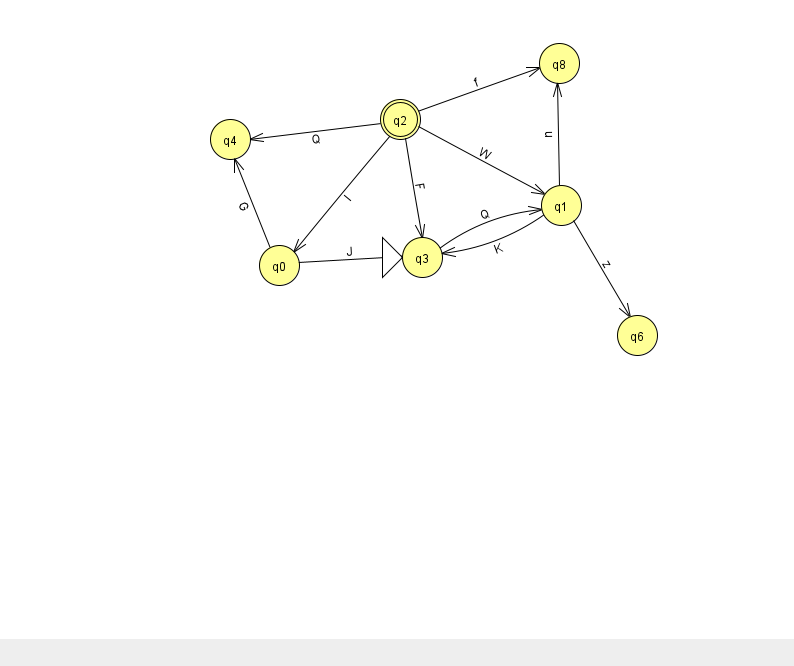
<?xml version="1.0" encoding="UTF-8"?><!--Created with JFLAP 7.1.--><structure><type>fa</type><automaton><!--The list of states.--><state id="0" name="q0"><x>279.0</x><y>252.0</y></state><state id="1" name="q1"><x>561.0</x><y>192.0</y></state><state id="2" name="q2"><x>400.0</x><y>106.0</y><final/></state><state id="3" name="q3"><x>422.0</x><y>244.0</y><initial/></state><state id="4" name="q4"><x>230.0</x><y>126.0</y></state><state id="6" name="q6"><x>637.0</x><y>322.0</y></state><state id="8" name="q8"><x>559.0</x><y>50.0</y></state><!--The list of transitions.--><transition><from>2</from><to>4</to><read>Q</read></transition><transition><from>1</from><to>6</to><read>z</read></transition><transition><from>2</from><to>1</to><read>W</read></transition><transition><from>2</from><to>0</to><read>I</read></transition><transition><from>1</from><to>3</to><read>K</read></transition><transition><from>0</from><to>4</to><read>G</read></transition><transition><from>1</from><to>8</to><read>u</read></transition><transition><from>2</from><to>8</to><read>f</read></transition><transition><from>3</from><to>1</to><read>Q</read></transition><transition><from>0</from><to>3</to><read>J</read></transition><transition><from>2</from><to>3</to><read>F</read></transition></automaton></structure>